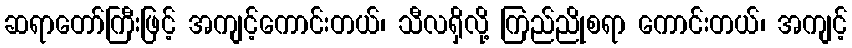
ဆရာတော်ကြီးဖြင့် အကျင့်ကောင်းတယ်၊ သီလရှိလို့ ကြည်ညိုစရာ ကောင်းတယ်၊ အကျင့်